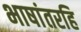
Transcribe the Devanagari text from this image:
भाषांतरहि